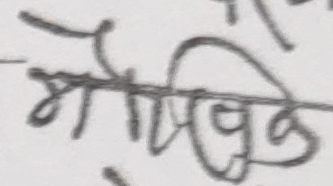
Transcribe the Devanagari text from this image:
मौलिक